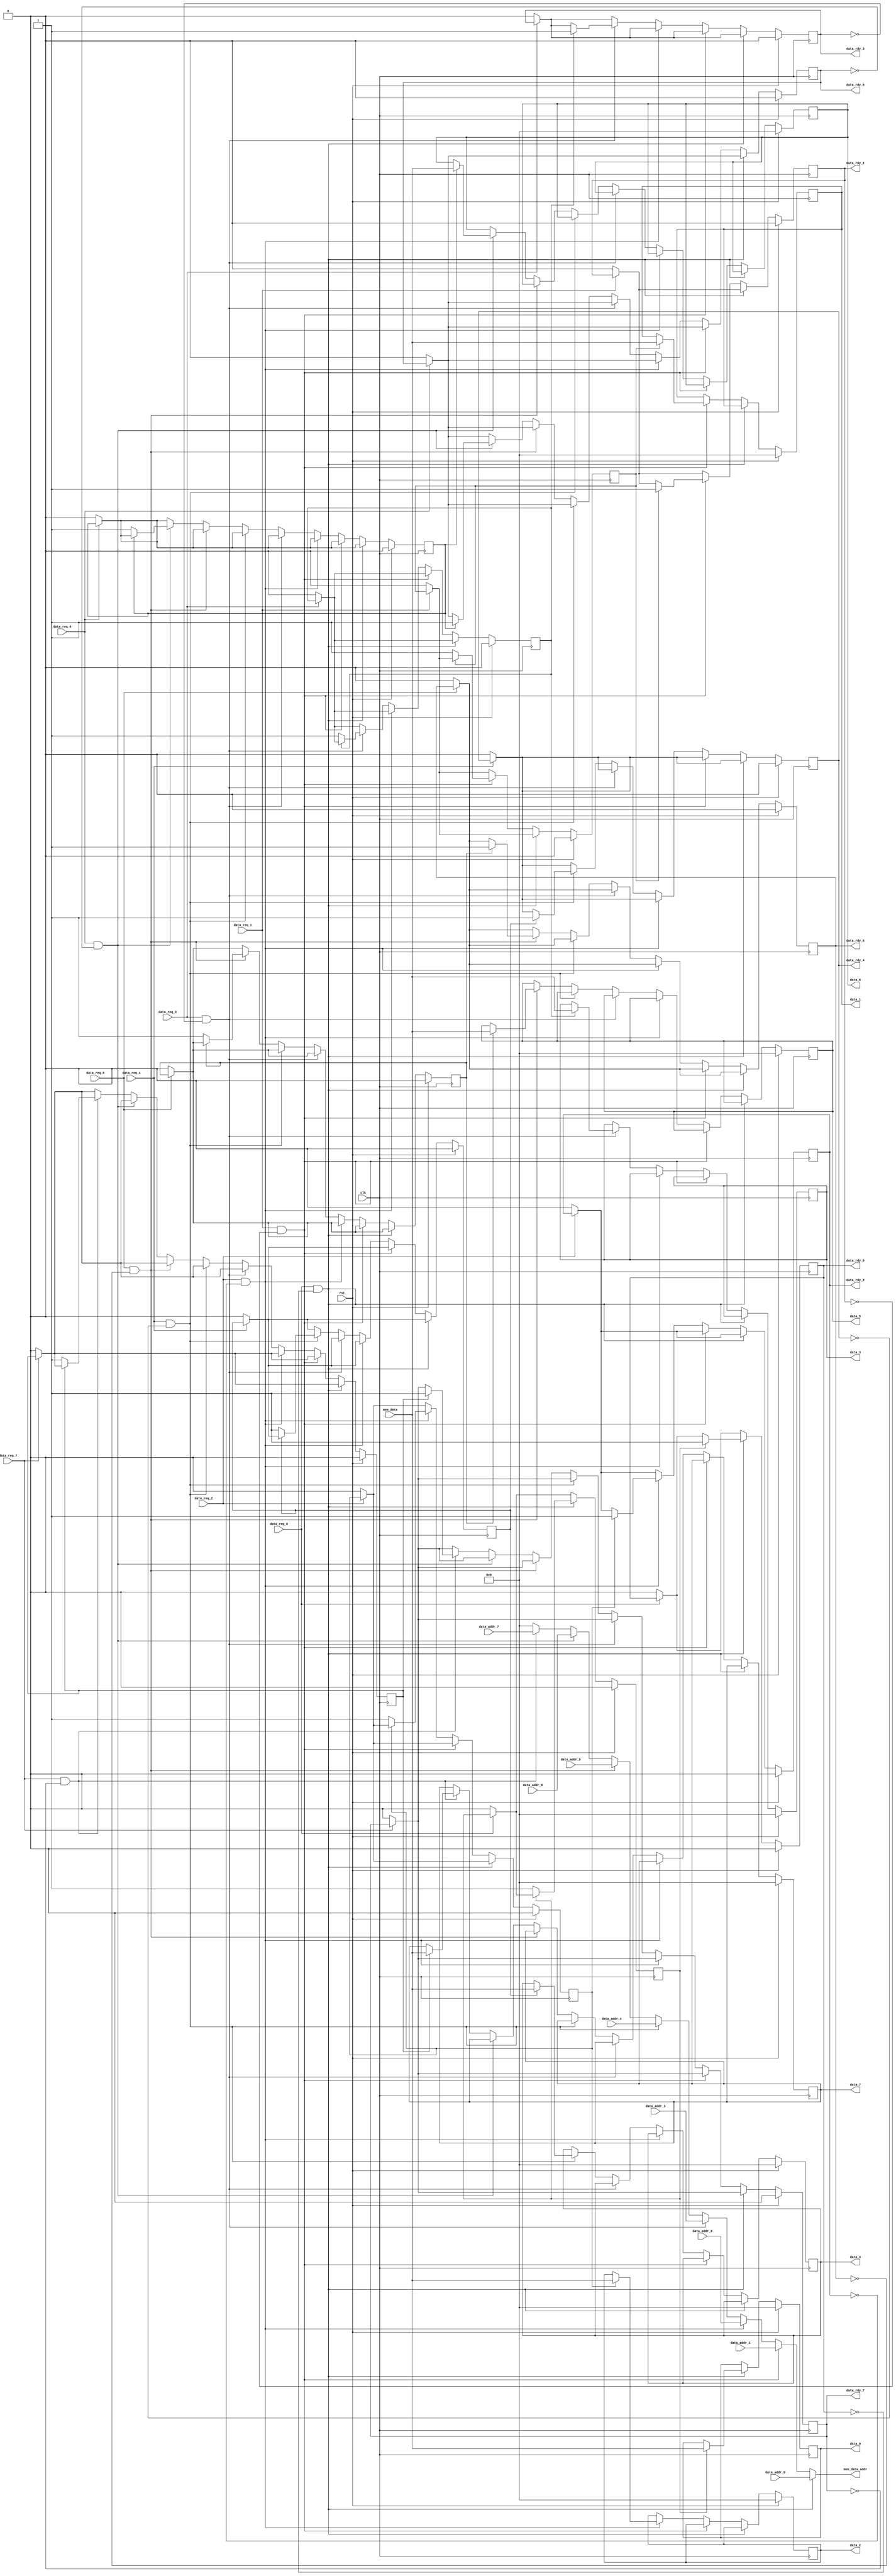
module bus_arbiter(
    input clk,
    input rst,

    input data_req_0,
    input[ADDRESS_WIDTH-1:0] data_addr_0,
    output[DATA_WIDTH-1:0] data_0,
    output data_rdy_0,
    input data_req_1,
    input[ADDRESS_WIDTH-1:0] data_addr_1,
    output[DATA_WIDTH-1:0] data_1,
    output data_rdy_1,
    input data_req_2,
    input[ADDRESS_WIDTH-1:0] data_addr_2,
    output[DATA_WIDTH-1:0] data_2,
    output data_rdy_2,
    input data_req_3,
    input[ADDRESS_WIDTH-1:0] data_addr_3,
    output[DATA_WIDTH-1:0] data_3,
    output data_rdy_3,
    input data_req_4,
    input[ADDRESS_WIDTH-1:0] data_addr_4,
    output[DATA_WIDTH-1:0] data_4,
    output data_rdy_4,
    input data_req_5,
    input[ADDRESS_WIDTH-1:0] data_addr_5,
    output[DATA_WIDTH-1:0] data_5,
    output data_rdy_5,
    input data_req_6,
    input[ADDRESS_WIDTH-1:0] data_addr_6,
    output[DATA_WIDTH-1:0] data_6,
    output data_rdy_6,
    input data_req_7,
    input[ADDRESS_WIDTH-1:0] data_addr_7,
    output[DATA_WIDTH-1:0] data_7,
    output data_rdy_7,

    output[ADDRESS_WIDTH-1:0] mem_data_addr,
    input[DATA_WIDTH-1:0] mem_data
);

parameter ADDRESS_WIDTH = 8;
parameter DATA_WIDTH = 8;

// ARBITER CHANNEL 0
// Output data latches.
reg[DATA_WIDTH-1:0] data_reg_0;
assign data_0 = data_reg_0;

// Output ready latches.
reg data_rdy_reg_0;
assign data_rdy_0 = data_rdy_reg_0;

// Outstanding request control lines for each data channel.
wire data_req_outstanding_0;
assign data_req_outstanding_0 = (data_req_0 & !data_rdy_reg_0);

// Read completion latch used to implement memory read value pipelining.
reg data_cmpl_read_reg_0;
// ARBITER CHANNEL 1
// Output data latches.
reg[DATA_WIDTH-1:0] data_reg_1;
assign data_1 = data_reg_1;

// Output ready latches.
reg data_rdy_reg_1;
assign data_rdy_1 = data_rdy_reg_1;

// Outstanding request control lines for each data channel.
wire data_req_outstanding_1;
assign data_req_outstanding_1 = (data_req_1 & !data_rdy_reg_1);

// Read completion latch used to implement memory read value pipelining.
reg data_cmpl_read_reg_1;
// ARBITER CHANNEL 2
// Output data latches.
reg[DATA_WIDTH-1:0] data_reg_2;
assign data_2 = data_reg_2;

// Output ready latches.
reg data_rdy_reg_2;
assign data_rdy_2 = data_rdy_reg_2;

// Outstanding request control lines for each data channel.
wire data_req_outstanding_2;
assign data_req_outstanding_2 = (data_req_2 & !data_rdy_reg_2);

// Read completion latch used to implement memory read value pipelining.
reg data_cmpl_read_reg_2;
// ARBITER CHANNEL 3
// Output data latches.
reg[DATA_WIDTH-1:0] data_reg_3;
assign data_3 = data_reg_3;

// Output ready latches.
reg data_rdy_reg_3;
assign data_rdy_3 = data_rdy_reg_3;

// Outstanding request control lines for each data channel.
wire data_req_outstanding_3;
assign data_req_outstanding_3 = (data_req_3 & !data_rdy_reg_3);

// Read completion latch used to implement memory read value pipelining.
reg data_cmpl_read_reg_3;
// ARBITER CHANNEL 4
// Output data latches.
reg[DATA_WIDTH-1:0] data_reg_4;
assign data_4 = data_reg_4;

// Output ready latches.
reg data_rdy_reg_4;
assign data_rdy_4 = data_rdy_reg_4;

// Outstanding request control lines for each data channel.
wire data_req_outstanding_4;
assign data_req_outstanding_4 = (data_req_4 & !data_rdy_reg_4);

// Read completion latch used to implement memory read value pipelining.
reg data_cmpl_read_reg_4;
// ARBITER CHANNEL 5
// Output data latches.
reg[DATA_WIDTH-1:0] data_reg_5;
assign data_5 = data_reg_5;

// Output ready latches.
reg data_rdy_reg_5;
assign data_rdy_5 = data_rdy_reg_5;

// Outstanding request control lines for each data channel.
wire data_req_outstanding_5;
assign data_req_outstanding_5 = (data_req_5 & !data_rdy_reg_5);

// Read completion latch used to implement memory read value pipelining.
reg data_cmpl_read_reg_5;
// ARBITER CHANNEL 6
// Output data latches.
reg[DATA_WIDTH-1:0] data_reg_6;
assign data_6 = data_reg_6;

// Output ready latches.
reg data_rdy_reg_6;
assign data_rdy_6 = data_rdy_reg_6;

// Outstanding request control lines for each data channel.
wire data_req_outstanding_6;
assign data_req_outstanding_6 = (data_req_6 & !data_rdy_reg_6);

// Read completion latch used to implement memory read value pipelining.
reg data_cmpl_read_reg_6;
// ARBITER CHANNEL 7
// Output data latches.
reg[DATA_WIDTH-1:0] data_reg_7;
assign data_7 = data_reg_7;

// Output ready latches.
reg data_rdy_reg_7;
assign data_rdy_7 = data_rdy_reg_7;

// Outstanding request control lines for each data channel.
wire data_req_outstanding_7;
assign data_req_outstanding_7 = (data_req_7 & !data_rdy_reg_7);

// Read completion latch used to implement memory read value pipelining.
reg data_cmpl_read_reg_7;

// Memory address is determined combinatorially, so that we can grab the value
// from the memory synchronously to the request control line.
assign mem_data_addr = (
    (data_req_outstanding_0 ? data_addr_0 :
    (data_req_outstanding_1 ? data_addr_1 :
    (data_req_outstanding_2 ? data_addr_2 :
    (data_req_outstanding_3 ? data_addr_3 :
    (data_req_outstanding_4 ? data_addr_4 :
    (data_req_outstanding_5 ? data_addr_5 :
    (data_req_outstanding_6 ? data_addr_6 :
    (data_req_outstanding_7 ? data_addr_7 :
    0
    )
    )
    )
    )
    )
    )
    )
    )
);


always @(posedge clk) begin
    if (rst) begin
        data_rdy_reg_0 <= 0;
        data_reg_0 <= 0;
        data_cmpl_read_reg_0 <= 0;
        data_rdy_reg_1 <= 0;
        data_reg_1 <= 0;
        data_cmpl_read_reg_1 <= 0;
        data_rdy_reg_2 <= 0;
        data_reg_2 <= 0;
        data_cmpl_read_reg_2 <= 0;
        data_rdy_reg_3 <= 0;
        data_reg_3 <= 0;
        data_cmpl_read_reg_3 <= 0;
        data_rdy_reg_4 <= 0;
        data_reg_4 <= 0;
        data_cmpl_read_reg_4 <= 0;
        data_rdy_reg_5 <= 0;
        data_reg_5 <= 0;
        data_cmpl_read_reg_5 <= 0;
        data_rdy_reg_6 <= 0;
        data_reg_6 <= 0;
        data_cmpl_read_reg_6 <= 0;
        data_rdy_reg_7 <= 0;
        data_reg_7 <= 0;
        data_cmpl_read_reg_7 <= 0;
    end else begin
        // If request control line goes low, reset the ready latch.
        if (!data_req_0) begin
            data_rdy_reg_0 <= 0;
            data_cmpl_read_reg_0 <= 0;
        end
        if (!data_req_1) begin
            data_rdy_reg_1 <= 0;
            data_cmpl_read_reg_1 <= 0;
        end
        if (!data_req_2) begin
            data_rdy_reg_2 <= 0;
            data_cmpl_read_reg_2 <= 0;
        end
        if (!data_req_3) begin
            data_rdy_reg_3 <= 0;
            data_cmpl_read_reg_3 <= 0;
        end
        if (!data_req_4) begin
            data_rdy_reg_4 <= 0;
            data_cmpl_read_reg_4 <= 0;
        end
        if (!data_req_5) begin
            data_rdy_reg_5 <= 0;
            data_cmpl_read_reg_5 <= 0;
        end
        if (!data_req_6) begin
            data_rdy_reg_6 <= 0;
            data_cmpl_read_reg_6 <= 0;
        end
        if (!data_req_7) begin
            data_rdy_reg_7 <= 0;
            data_cmpl_read_reg_7 <= 0;
        end

        // Priority from 0 -> N: Read memory cell and latch to output.
        if (data_req_outstanding_0) begin
            if (data_cmpl_read_reg_0) begin
                data_reg_0 <= mem_data;
                data_rdy_reg_0 <= 1;
            end else begin
                data_cmpl_read_reg_0 <= 1;
            end
        end
            else
        if (data_req_outstanding_1) begin
            if (data_cmpl_read_reg_1) begin
                data_reg_1 <= mem_data;
                data_rdy_reg_1 <= 1;
            end else begin
                data_cmpl_read_reg_1 <= 1;
            end
        end
            else
        if (data_req_outstanding_2) begin
            if (data_cmpl_read_reg_2) begin
                data_reg_2 <= mem_data;
                data_rdy_reg_2 <= 1;
            end else begin
                data_cmpl_read_reg_2 <= 1;
            end
        end
            else
        if (data_req_outstanding_3) begin
            if (data_cmpl_read_reg_3) begin
                data_reg_3 <= mem_data;
                data_rdy_reg_3 <= 1;
            end else begin
                data_cmpl_read_reg_3 <= 1;
            end
        end
            else
        if (data_req_outstanding_4) begin
            if (data_cmpl_read_reg_4) begin
                data_reg_4 <= mem_data;
                data_rdy_reg_4 <= 1;
            end else begin
                data_cmpl_read_reg_4 <= 1;
            end
        end
            else
        if (data_req_outstanding_5) begin
            if (data_cmpl_read_reg_5) begin
                data_reg_5 <= mem_data;
                data_rdy_reg_5 <= 1;
            end else begin
                data_cmpl_read_reg_5 <= 1;
            end
        end
            else
        if (data_req_outstanding_6) begin
            if (data_cmpl_read_reg_6) begin
                data_reg_6 <= mem_data;
                data_rdy_reg_6 <= 1;
            end else begin
                data_cmpl_read_reg_6 <= 1;
            end
        end
            else
        if (data_req_outstanding_7) begin
            if (data_cmpl_read_reg_7) begin
                data_reg_7 <= mem_data;
                data_rdy_reg_7 <= 1;
            end else begin
                data_cmpl_read_reg_7 <= 1;
            end
        end
    end
end

endmodule